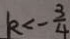
k < - \frac { 3 } { 4 }